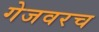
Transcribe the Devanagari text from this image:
गेजवरच